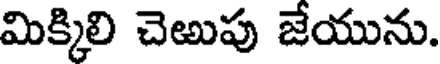
మిక్కిలి చెఱుపు జేయును.